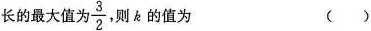
长的最大值为\frac{ 3 }{ 2 }则的值为 ()